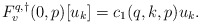
\begin{align*}F^{q,\dagger}_v(0,p)[u_k] = c_1(q,k,p)u_k.\end{align*}